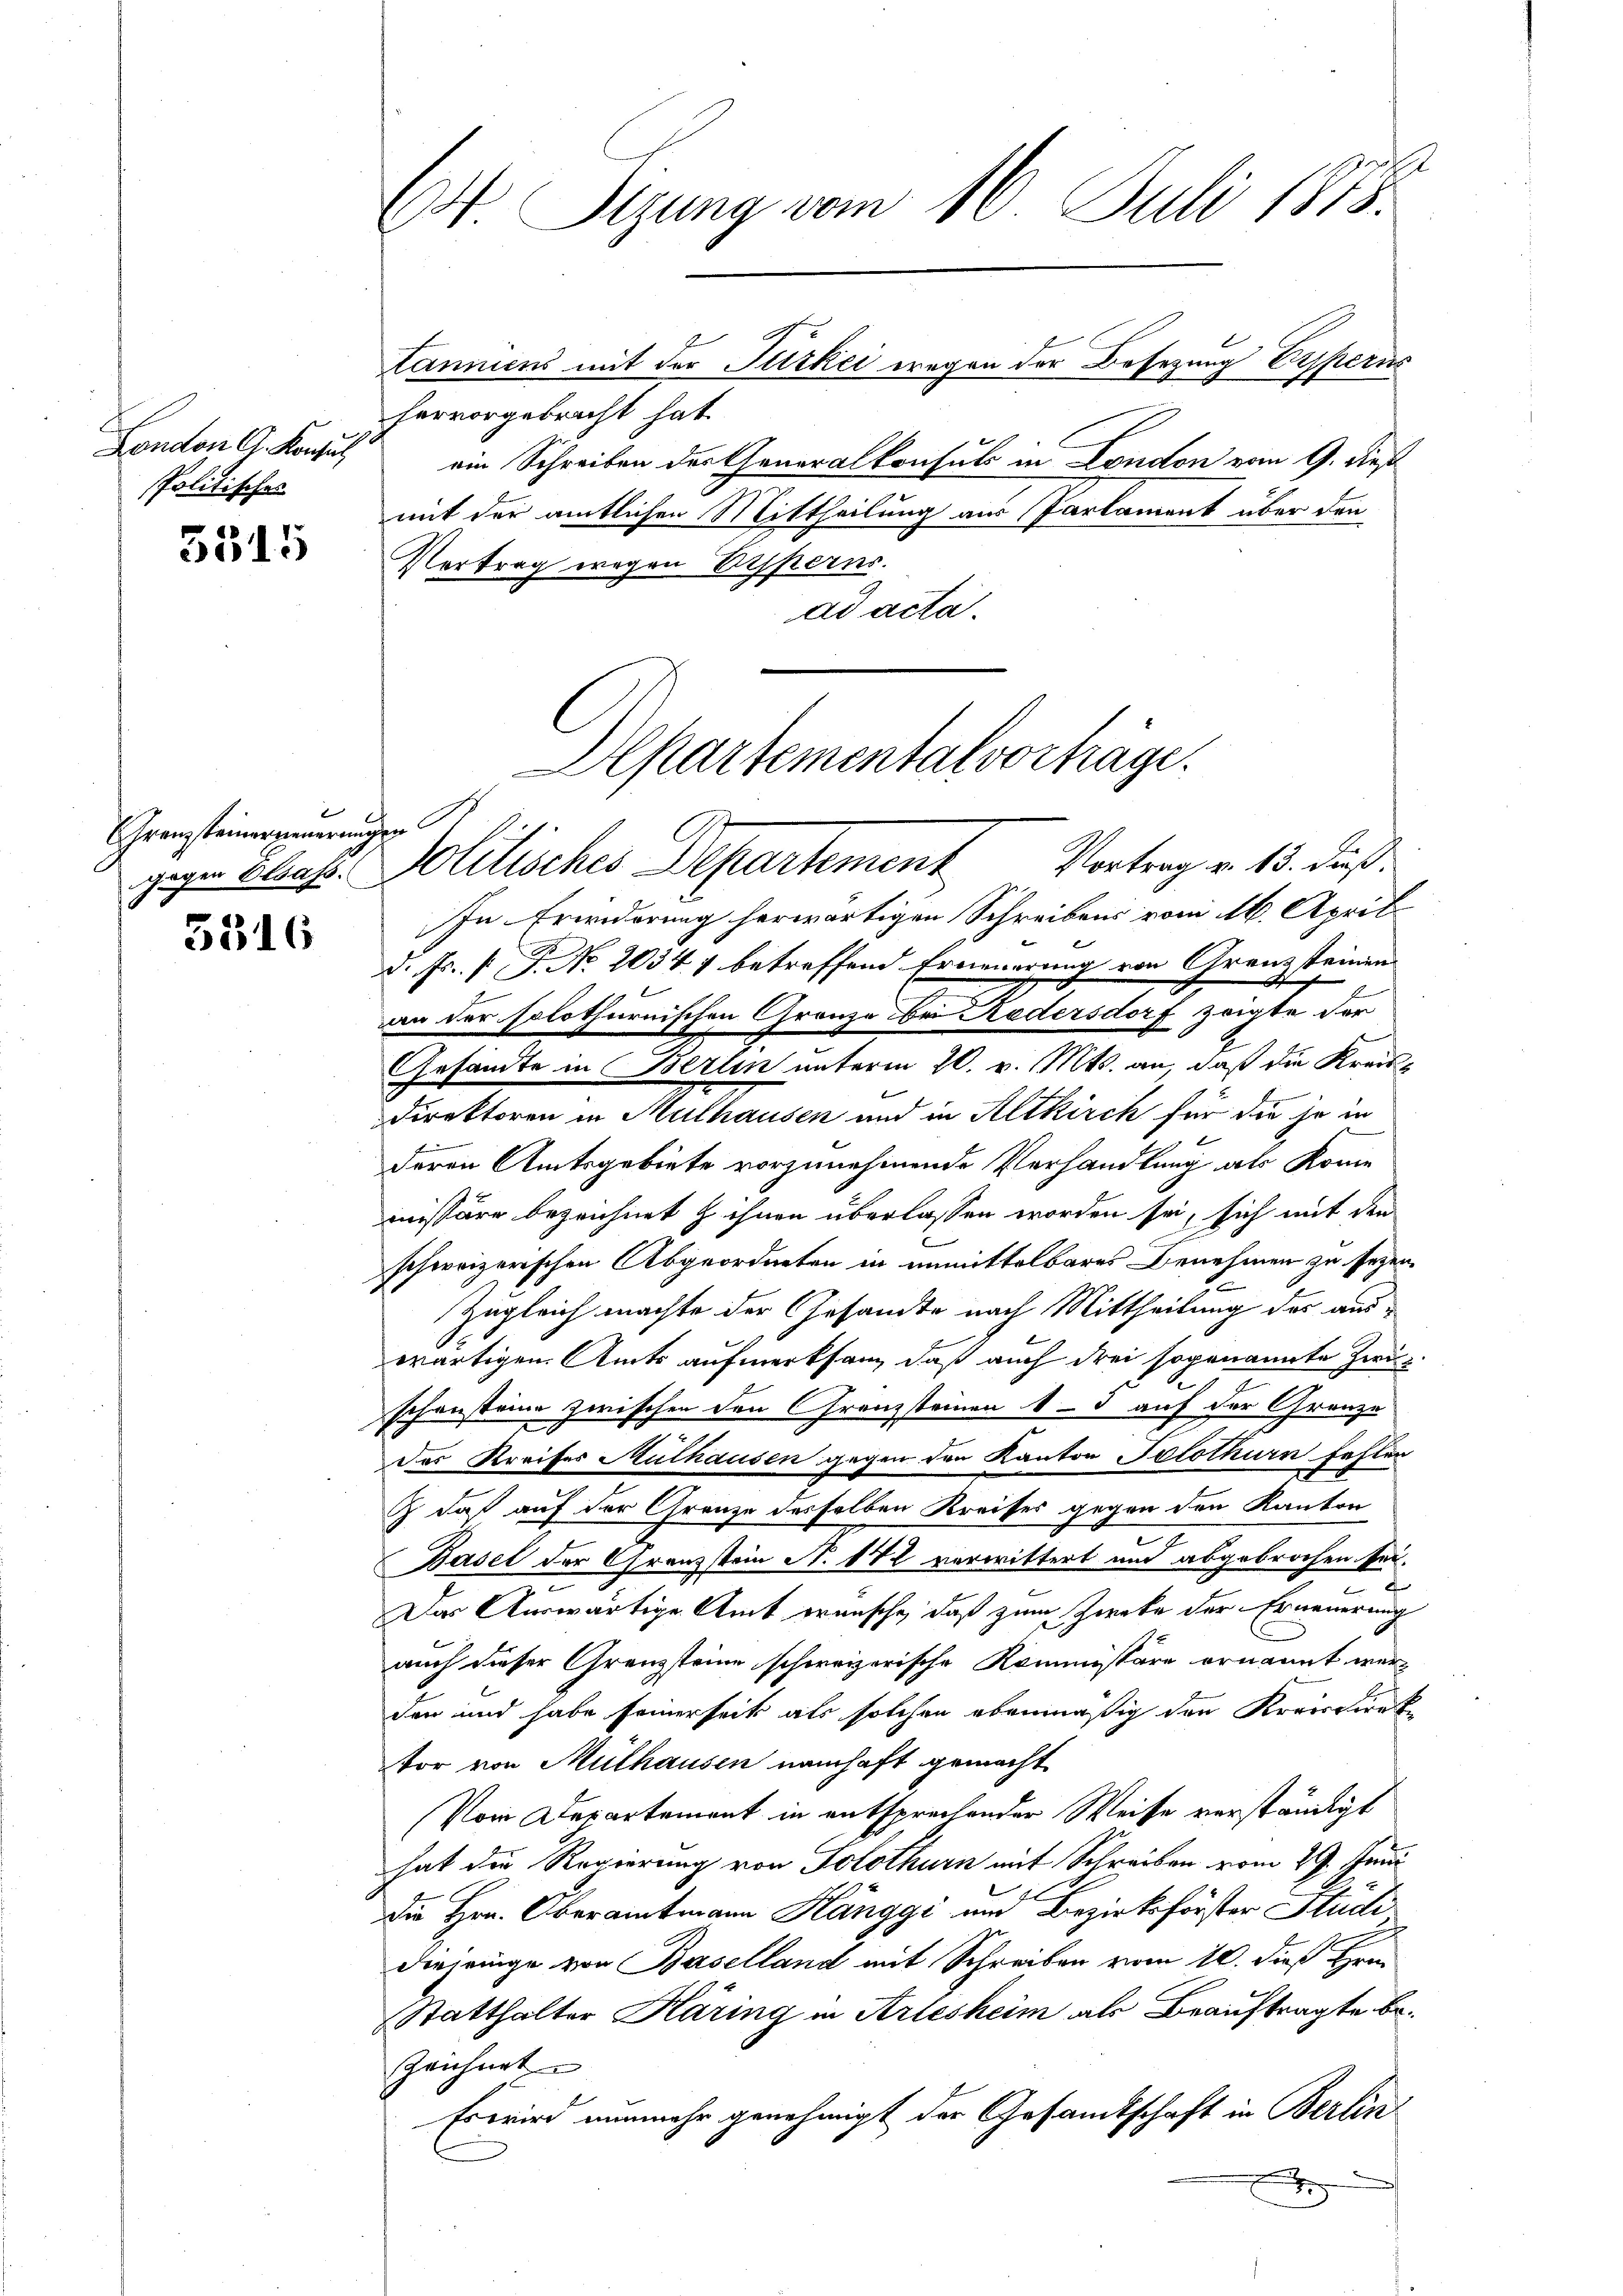
London G. Konsul
Politisches

5515

GGranzsteinerinnerungen
gegen Elsass.

5516

E4 Sizung vom 16. Juli 1873.
tanniens mit der Türkei wegen der Besezung Erpperns

s

hervorgebracht hat.
ein Schreiben der Generalkonsuls in London vom 9. dieß
mit der amtlichen Mittheilung aus Parlament über den
Vertrag wegen Ersperns.
ad acta.
In Erwiderung herwärtigen Schreibens vom 16. April
d. Js. f. P. Nr. 20347 betreffend Erneuerung von Granz steinen
an der solothurnischen Granze bei Redersdorf zeigte der
Gesandte in Berlin unterm 20. v. Mts. an, daß die Kreis¬
Direktoren in Mülhausen und in Altkirch für die je in
deren Amtsgebiete vorzunehmende Verhandlung als Kome
missäre bezeichnet & ihnen überlassen worden sei, sich mit den
schweizerischen Abgeordneten in unmittelbares Benehmen zu sezen
Zugleich machte der Gesandte nach Mittheilung der auswärtigen. Amts aufmerksam, daß auch drei sogenannte Zwischensteine zwischen den Franzsteinen 4 - 5 auf der Grenze
des Streifes Mülhausen gegen den Kanton Potothurn fehlen
& daß auf der Grenze desselben Kreises gegen den Kanton

Basel der Granzstein N. 872 verwittert und abgebrochen sei.
.
.
7
Das Auswärtige Amt wünsche, daß zum Zwecke der Erneuerung
auch dieser Granzsteine schweizerische Kommissäre ernannt werden und habe seinerseit als solchen ebenmäßig der Kreisdirek
vor von Mülhausen namhaft gemacht
Vom Departement in entsprechender Weise verständigt
hat die Regierung von Solothurn mit Schreiben vom 29. Juni
Die Hrn. Oberamtmann Hänggi und Bezirksförster Studi
Diejenige von Baselland mit Schreiben vom 10. dieß Hrn.
Statthalter Käring in Arlesheim als Beauftragte be¬
Zeichnet
Es wird nunmehr genehmigt der Gesamtschaft in Berlin¬
2

Departementalvorhäge.
Vortrag v. 13. dieß.
politisches Departement